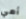
أمي